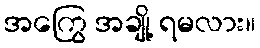
အကြွေ အချို့ ရမလား။